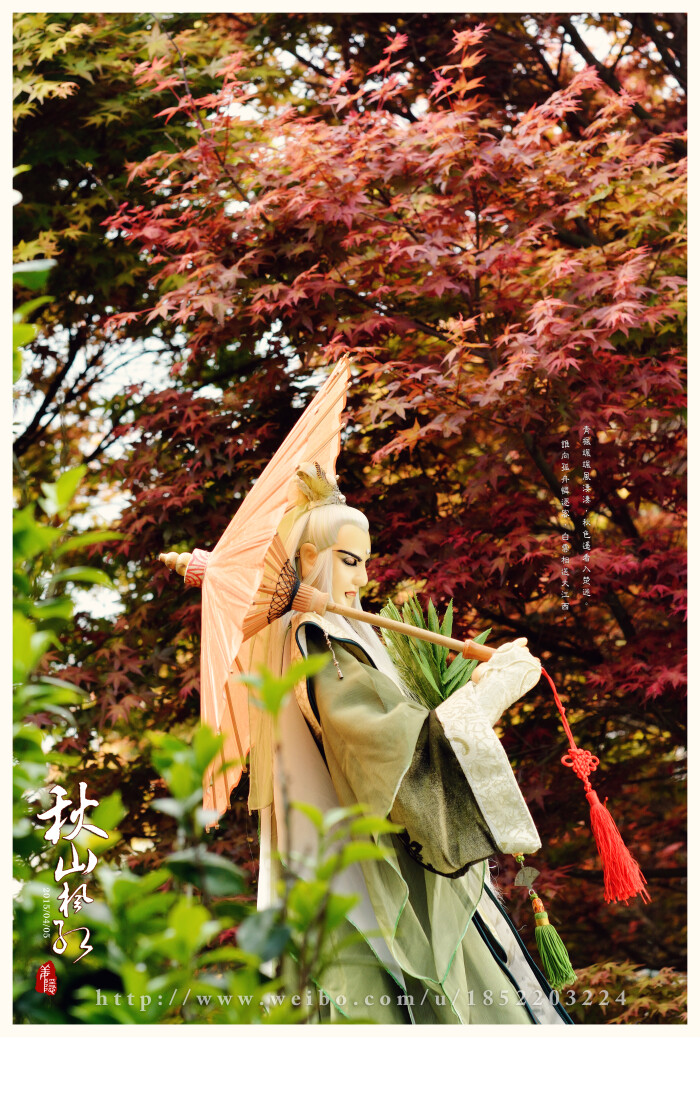
青枫飒飒雨凄凄，秋色遥看入楚迷。